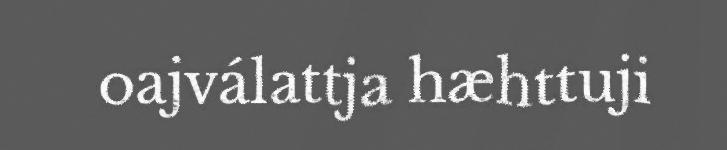
oajválattja hæhttuji